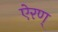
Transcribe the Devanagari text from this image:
ऐरण्